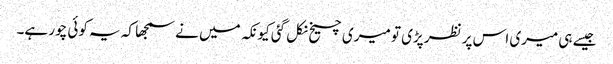
جیسے ہی میری اس پر نظر پڑی تو میری چیخ نکل گئی کیونکہ میں نے سمجھا کہ یہ کوئی چور ہے۔